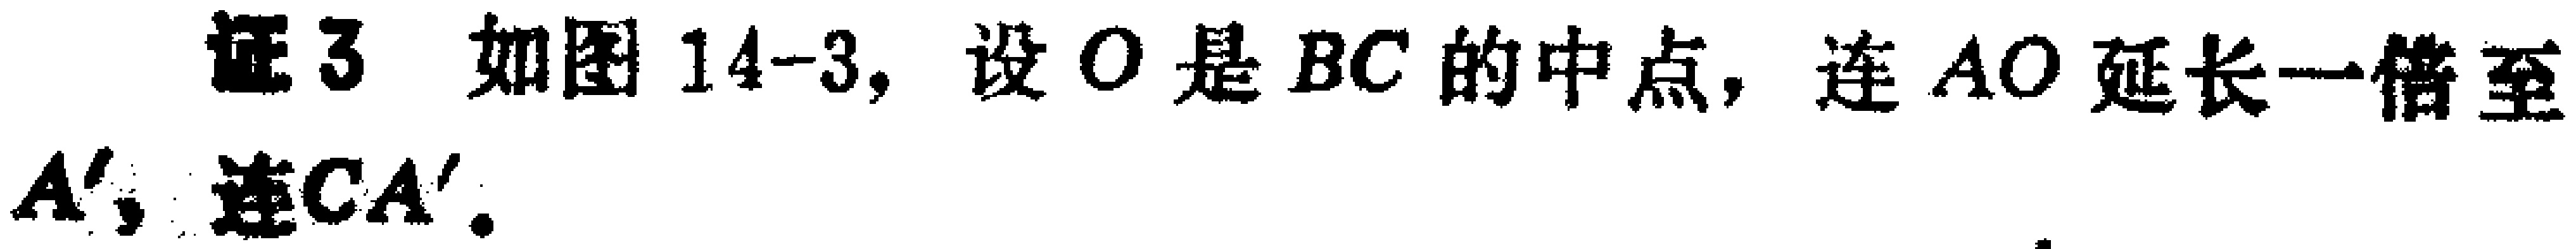
证3 如图14-3，设\(O\)是\(BC\)的中点，连\(AO\)延长一倍至\(A'\)，连\(CA'\)。